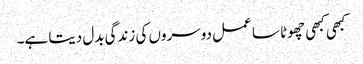
کبھی کبھی چھوٹا سا عمل دوسروں کی زندگی بدل دیتا ہے۔